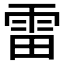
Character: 雷